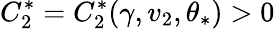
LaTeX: C_{2}^{\ast}=C_{2}^{\ast}(\gamma,v_{2},\theta_{*})>0